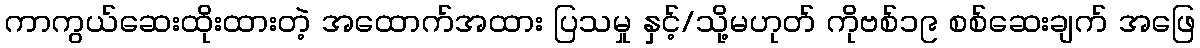
ကာကွယ်ဆေးထိုးထားတဲ့ အထောက်အထား ပြသမှု နှင့်/သို့မဟုတ် ကိုဗစ်၁၉ စစ်ဆေးချက် အဖြေ